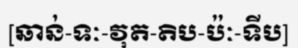
[ឆាន់-ទៈ-វុត-តិប-ប៉ៈ-ទីប]